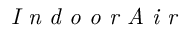
\textit { I n d o o r A i r }